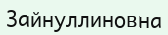
Зайнуллиновна